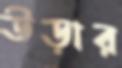
উড়ার